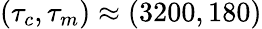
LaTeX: (\tau_{c},\tau_{m})\approx(3200,180)